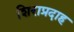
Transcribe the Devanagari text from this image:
शिराप्रदाह